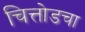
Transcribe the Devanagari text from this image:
चित्तोडचा